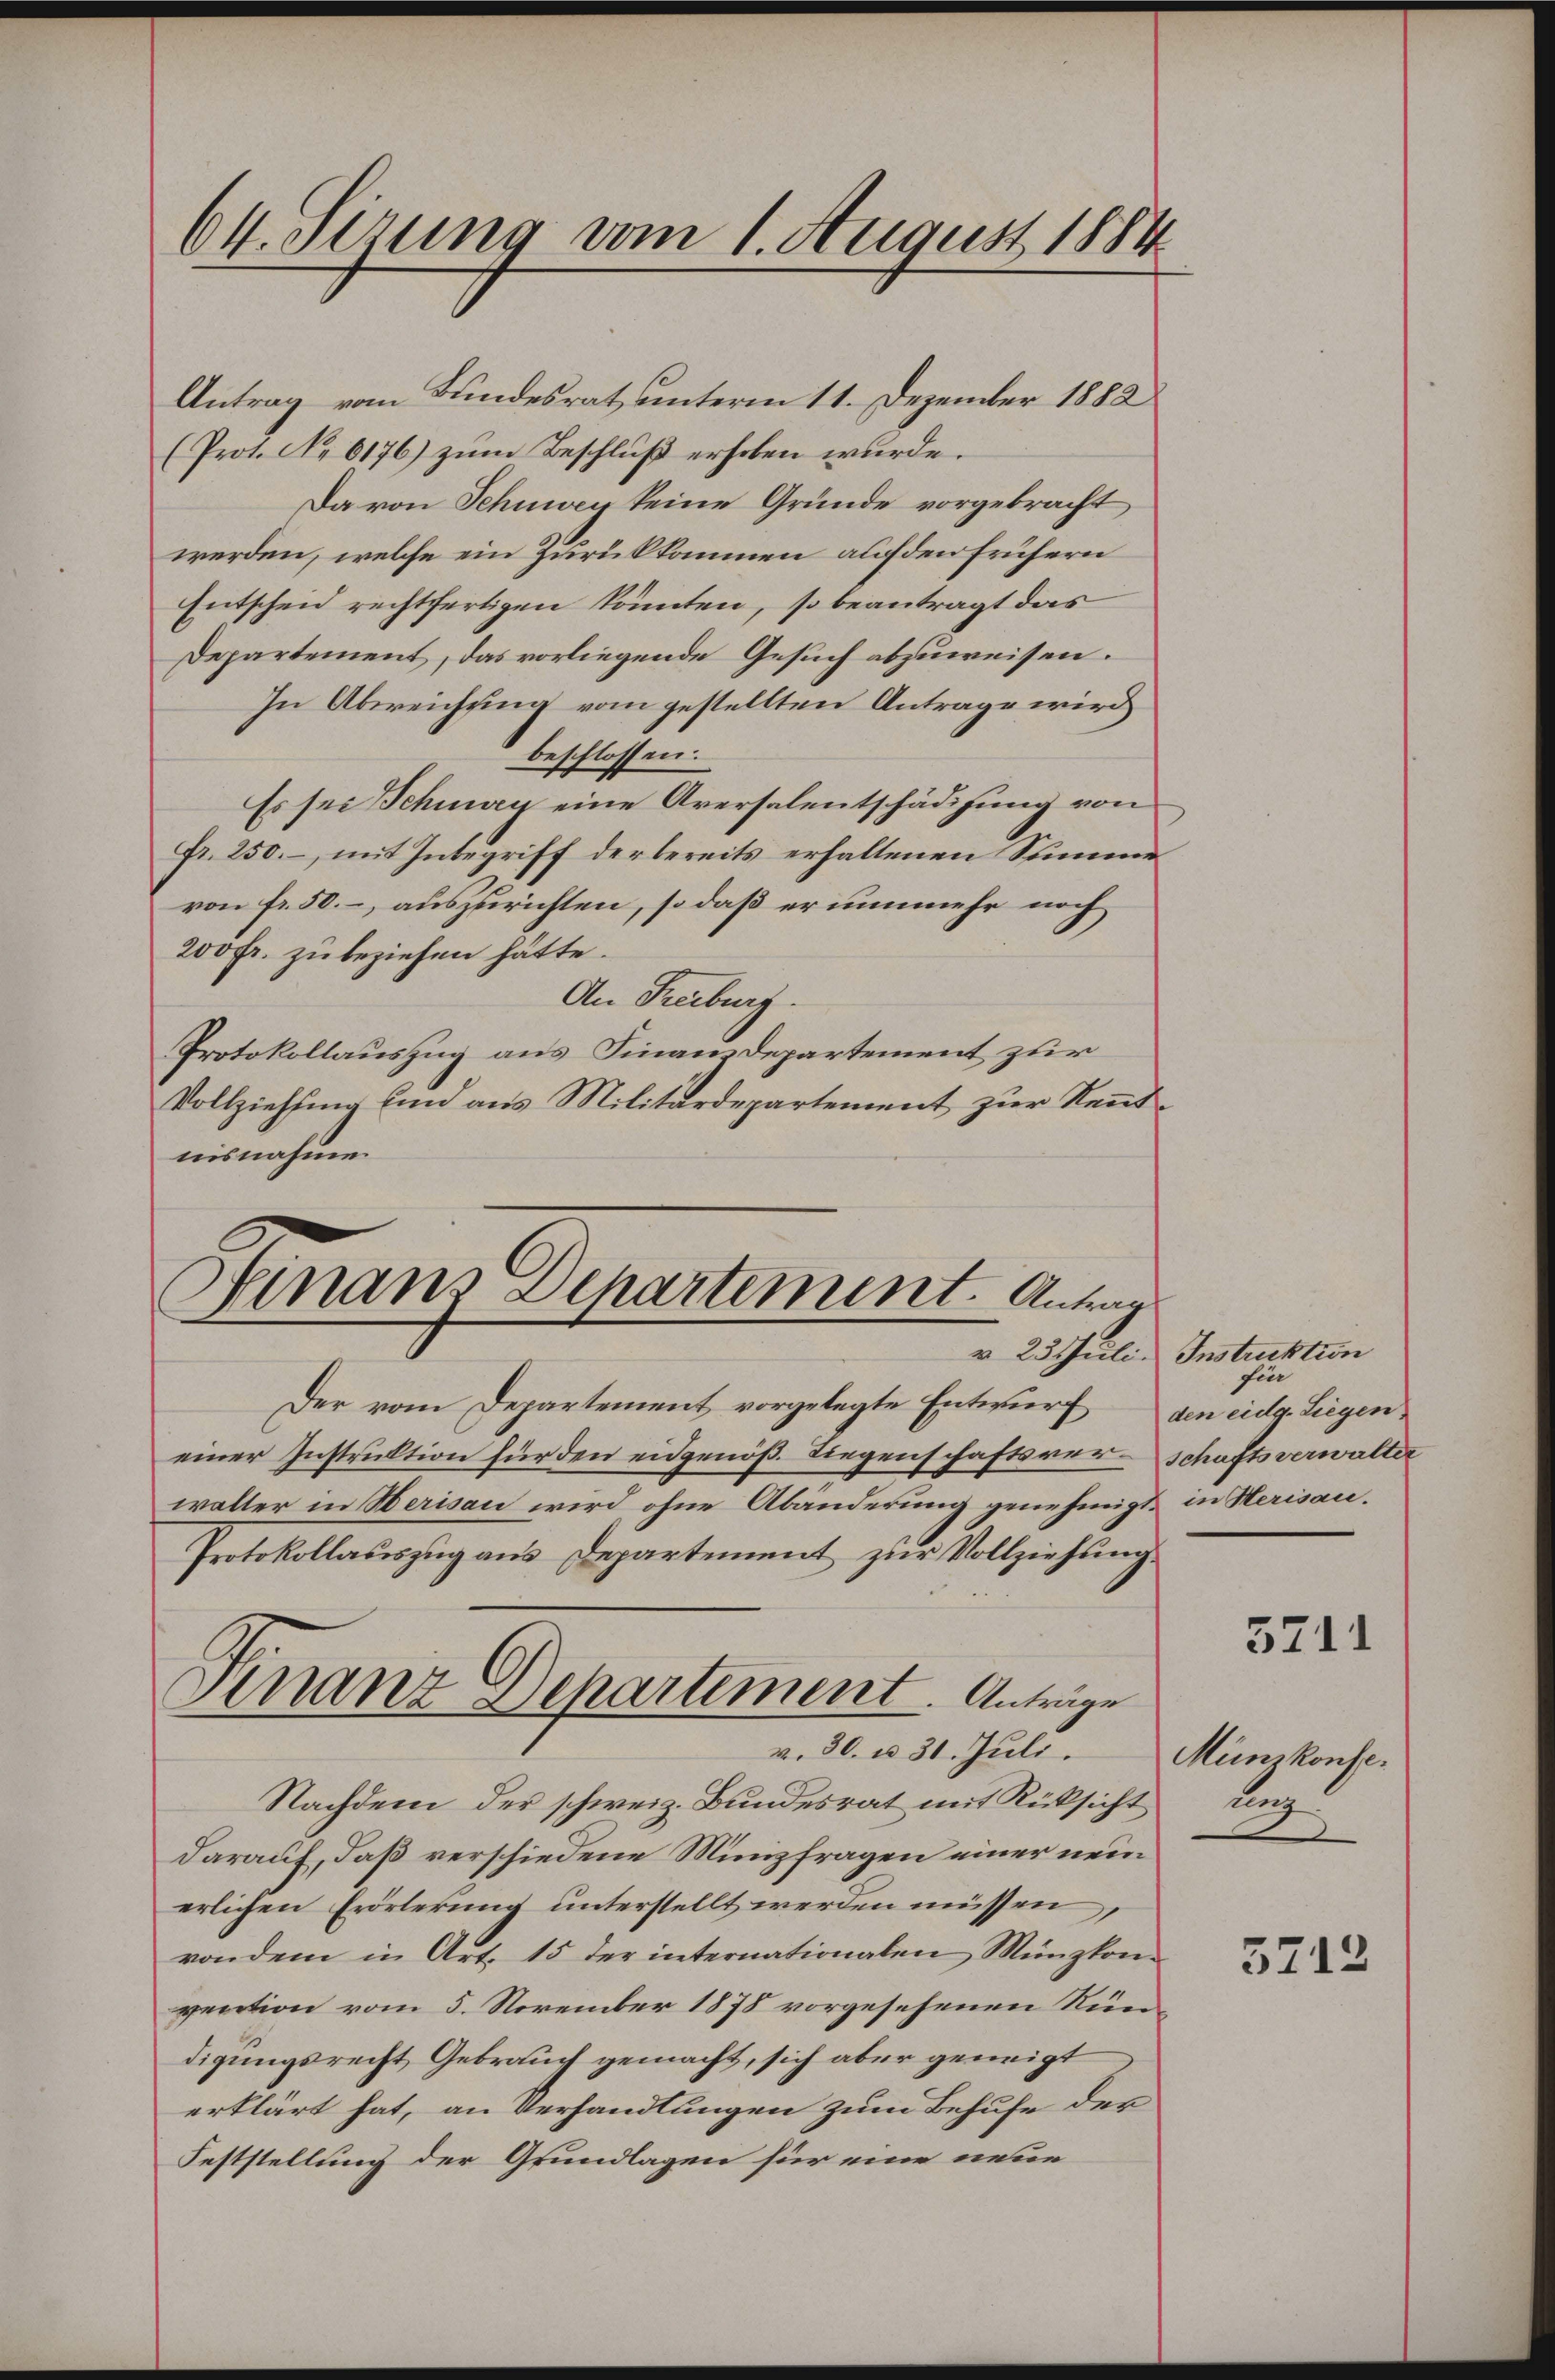
64. Serung vom 1. August 1884

Finanz Departement. Antrag

Antrag vom Bundesrat unterm 11. Dezember 1882
(Prot. No 6176) zum Beschluß erhoben wurde.
Da von Schnweg keine Gründe vorgebracht
werden, welche ein Zurükkommen auf den frühern
Entscheid rechtfertigen könnten, so beantragt das
Departement, das vorliegende Gesuch abzuweisen.
In Abreichung vom gestellten Antrage wird
beschlossen:
Es sei Schuwen eine Aversalentschädigung von
Fr. 250. – mit Inbegriff der bereits erhaltenen Summe
von Fr. 50. auszurichten, so daß er nunmehr noch
200 Fr. zu beziehen hätte.
An Freiburg.
Protokollauszug aus Finanzdepartement zur
Vollziehung und aus Militärdepartement zur Kenntnisnahme.

Der vom Departement vorgelegte Entwurf den eidg. Liegen
einer Instruktion für den eidgenöß. Liegenschaftsverschaftsverwalter
walter in Merisau wird ohne Abänderung genehmigt in Herisau.
Protokollauszug aus Departement zur Vollziehung
Nachdem der schweiz. Bundesrat mit Rüksicht
darauf, daß verschiedene Minizfragen einer neuerlichen Erörterung unterstellt werden müssen,
von dem in Art. 15 der internationalen Münzkon-
vention vom 5. November 1878 vorgesehenen Rundigungsrecht Gebrauch gemacht, sich aber geneigt
erklärt hat, an Verhandlungen zum Behufe der
Feststellung der Grundlagen für eine neue

Finanz Departement. Anträge
v. 30. u 31. Juli.

v 23 Juli. Instruktion
für

5711

Münzkonfebeg

5213